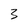
Character: 3